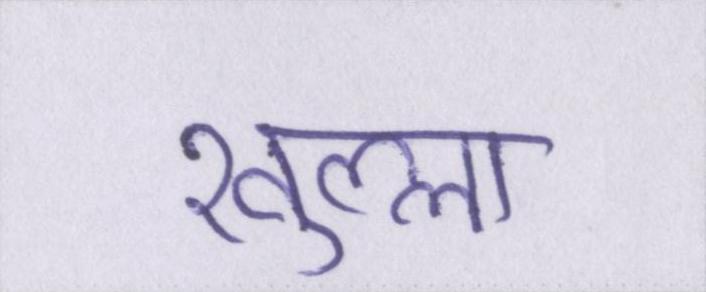
खुल्ला